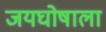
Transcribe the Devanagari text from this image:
जयघोषाला